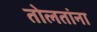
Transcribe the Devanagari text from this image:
तोलतांना